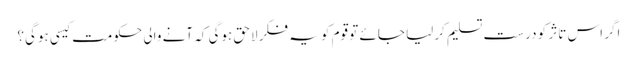
اگر اس تاثر کو درست تسلیم کرلیا جائے تو قوم کو یہ فکر لاحق ہوگی کہ آنے والی حکومت کیسی ہوگی؟